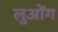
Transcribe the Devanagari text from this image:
लुओंग